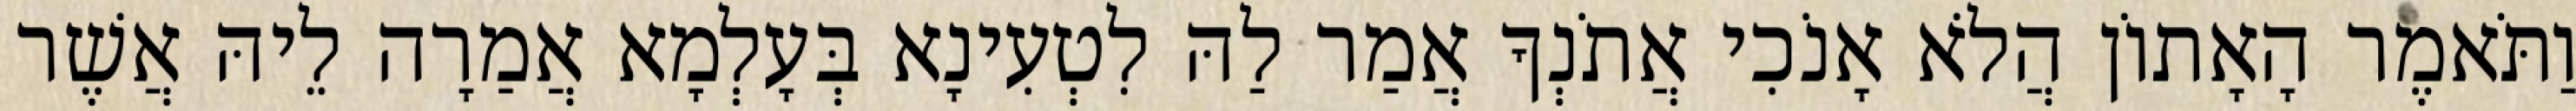
וַתֹּאמֶר הָאָתוֹן הֲלֹא אָנֹכִי אֲתֹנְךָ אֲמַר לַהּ לִטְעִינָא בְּעָלְמָא אֲמַרָה לֵיהּ אֲשֶׁר